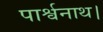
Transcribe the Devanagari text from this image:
पार्श्वनाथ।